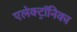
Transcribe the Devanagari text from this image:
एलेक्ट्रॉनिका